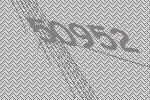
50952